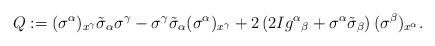
LaTeX: \begin{align*}Q:=(\sigma^\alpha)_{x^\gamma}\tilde\sigma_\alpha\sigma^\gamma-\sigma^\gamma\tilde\sigma_\alpha(\sigma^\alpha)_{x^\gamma}+2\left(2Ig^\alpha{}_\beta+\sigma^\alpha\tilde\sigma_\beta\right)(\sigma^\beta)_{x^\alpha}.\end{align*}